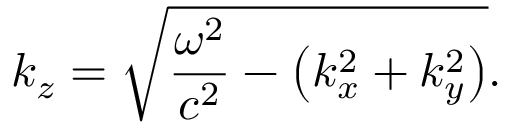
k _ { z } = { \sqrt { { \frac { \omega ^ { 2 } } { c ^ { 2 } } } - \left( k _ { x } ^ { 2 } + k _ { y } ^ { 2 } \right) } } .